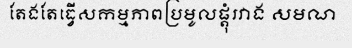
តែងតែធ្វើសកម្មភាពប្រមូលផ្តុំរវាង សមណ